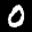
Label: 0